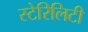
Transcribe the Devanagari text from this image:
स्टेरिलिटी